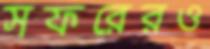
সফরেরও